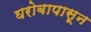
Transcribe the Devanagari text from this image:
घरोबापासून